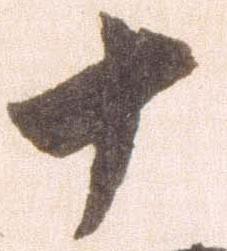
十